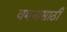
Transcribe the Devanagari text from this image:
वमनासाठी